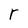
Character: r